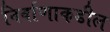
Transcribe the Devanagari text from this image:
निर्वाणाकडील